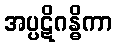
အပ္ပဋိဂန္ဓိကာ